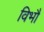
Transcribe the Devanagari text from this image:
विभौ